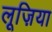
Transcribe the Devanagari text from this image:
लूज़िया